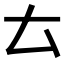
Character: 𠫓